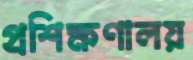
প্রশিক্ষণালয়